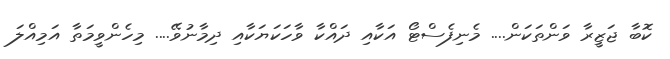
ކޮބާ ޖަޒީރާ ވަންތަކަން.... މެނިފެސްޓޯ އަކާއި ދައްކާ ވާހަކަޔަކާއި ދިމާނުވޭ.... މިހެންވީމަތާ އަމިއްލަ